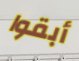
أبقوا